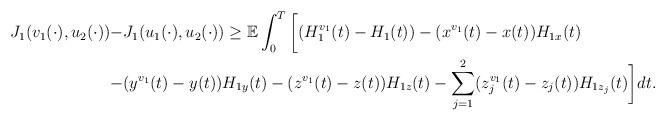
LaTeX: \begin{align*}\begin{aligned}J_1(v_1(\cdot),u_2(\cdot))-&J_1(u_1(\cdot),u_2(\cdot))\geq \mathbb{E}\int_0^T\bigg[(H_1^{v_1}(t)-H_1(t))-(x^{v_1}(t)-x(t))H_{1x}(t)\\-&(y^{v_1}(t)-y(t))H_{1y}(t)-(z^{v_1}(t)-z(t))H_{1z}(t)-\sum_{j=1}^2(z_j^{v_1}(t)-z_j(t))H_{1z_j}(t)\bigg]dt.\end{aligned}\end{align*}